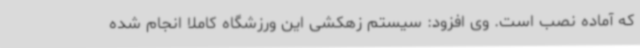
که آماده نصب است. وی افزود: سیستم زهکشی این ورزشگاه کاملاً انجام شده